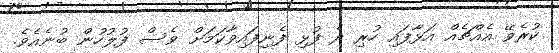
ކުރެވޭ އެއްޗެއް އަޅާފައި ހުރި ދެ ފުޅި ފެނިފައިވާކަމަށް ވެސް ފުލުހުން ބުނެއެވެ.